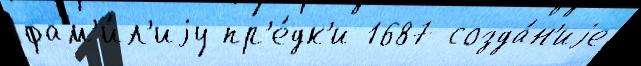
фам'и́л'иjу пр'е́дк'и 1687 созда́н'иjе